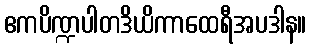
ဧကပိဏ္ဍပါတဒိယိကာထေရီအပဒါန။